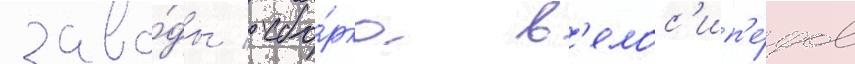
заво́ды / сбо́рка в'елос'ип'е́дов